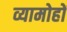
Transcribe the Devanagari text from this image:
व्यामोहों